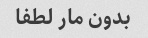
بدون مار لطفا